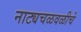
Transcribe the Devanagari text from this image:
नाट्यचळवळीचे